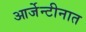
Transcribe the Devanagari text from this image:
आर्जेन्टीनात